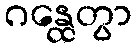
ဂန္ထေတွာ